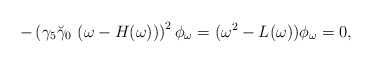
\begin{align*}-\left(\gamma_5 \breve{\gamma}_0~(\omega-H(\omega))\right)^2\phi_\omega=(\omega^2-L(\omega))\phi_\omega=0,\end{align*}